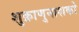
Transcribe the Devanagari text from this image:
शुक्राणुनाशको